Scottish Leaving Certificate Examination, 1951
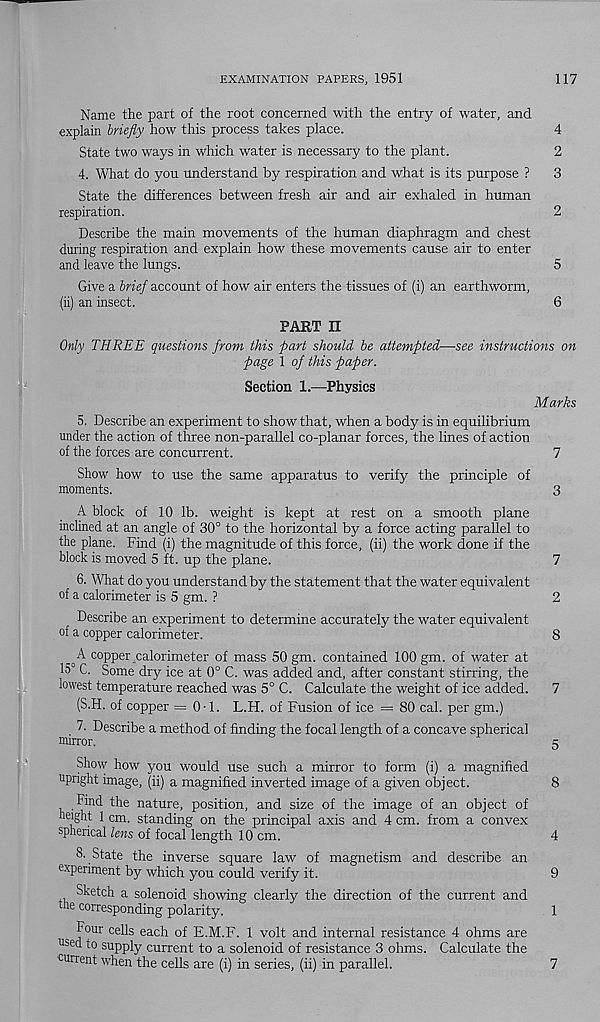
EXAMINATION PAPERS, 1951
117
Name the part of the root concerned with the entry of water, and
explain briefly how this process takes place.
4
State two ways in which water is necessary to the plant.
2
4. What do you understand by respiration and what is its purpose ?
3
State the differences between fresh air and air exhaled in human
respiration.
2
Describe the main movements of the human diaphragm and chest
during respiration and explain how these movements cause air to enter
and leave the lungs.
5
Give a brief account of how air enters the tissues of (i) an earthworm,
■ :(ii) an insect.
6
PART II
Only THREE questions from this fart should be attempted—see instructions on
page 1 of this paper.
Section 1.—Physics
Marks
5. Describe an experiment to show that, when a body is in equilibrium
under the action of three non-parallel co-planar forces, the lines of action
of the forces are concurrent.
7
Show how to use the same apparatus to verify the principle of
moments.
3
A block of 10 lb. weight is kept at rest on a smooth plane
inclined at an angle of 30° to the horizontal by a force acting parallel to
the plane. Find (i) the magnitude of this force, (ii) the work done if the
block is moved 5 ft. up the plane.
7
6. What do you understand by the statement that the water equivalent
of a calorimeter is 5 gm. ?
2
Describe an experiment to determine accurately the water equivalent
of a copper calorimeter.
8
_^A copper calorimeter of mass 50 gm. contained 100 gm. of water at
15° C. Some dry ice at 0° C. was added and, after constant stirring, the
lowest temperature reached was 5° C. Calculate the weight of ice added.
7
(S.H. of copper =0-1. L.H. of Fusion of ice = 80 cal. per gm.)
7. Describe a method of finding the focal length of a concave spherical
mirror.
5
Show how you would use such a mirror to form (i) a magnified
upright image, (ii) a magnified inverted image of a given object.
8
Find the nature, position, and size of the image of an object of
height 1 cm. standing on the principal axis and 4 cm. from a convex
spherical lens of focal length 10 cm.
4
8. State the inverse square law of magnetism and describe an
experiment by which you could verify it.
9
Sketch a solenoid showing clearly the direction of the current and
the corresponding polarity.
1
Four cells each of E.M.F. 1 volt and internal resistance 4 ohms are
used to supply current to a solenoid of resistance 3 c
current when the cells are (i) in series, (ii) in parallel.
7